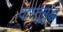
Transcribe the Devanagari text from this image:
वास्तूसुद्धा